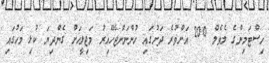
ހިސްޓަމިންގެ ލެވެލް 200 އަށްވުރެ ދަށުގައި ހުންނަންޖެހޭއިރު މަޖިލީހަށް ގެންދިޔަ ކުޅި މަހުގައި